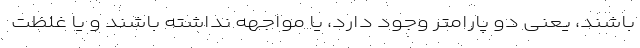
باشند، یعنی دو پارامتر وجود دارد، یا مواجهه نداشته باشند و یا غلظت